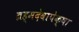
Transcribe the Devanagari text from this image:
ब्रह्मदेवापेक्षा